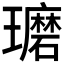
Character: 𰢘